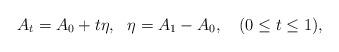
LaTeX: \begin{align*}A_t = A_0 + t\eta,~~\eta = A_1 - A_0,~~~ (0\leq t\leq 1),\end{align*}